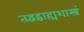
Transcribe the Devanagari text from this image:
तद्वद्बाह्यशास्त्रं